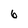
Character: 6